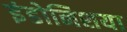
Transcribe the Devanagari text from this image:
इंडोनिशया